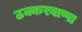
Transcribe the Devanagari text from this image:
ठक्करबाप्पा